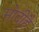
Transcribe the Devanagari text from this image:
मोदीहै